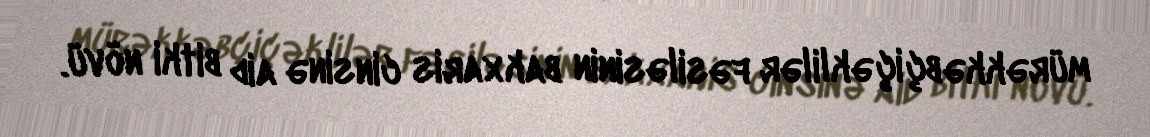
mürəkkəbçiçəklilər fəsiləsinin bakxaris cinsinə aid bitki növü.